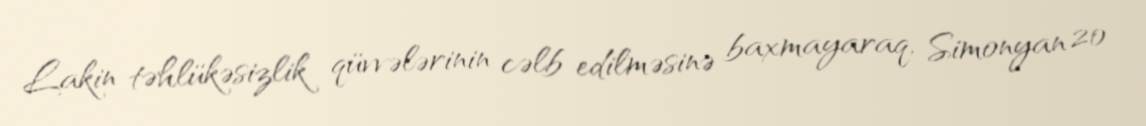
Lakin təhlükəsizlik qüvvələrinin cəlb edilməsinə baxmayaraq, Simonyan 20